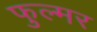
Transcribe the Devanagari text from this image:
फुल्मर